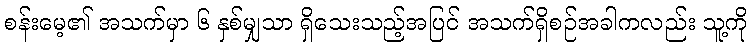
စန်းမေ့၏ အသက်မှာ ၆ နှစ်မျှသာ ရှိသေးသည့်အပြင် အသက်ရှိစဉ်အခါကလည်း သူ့ကို